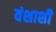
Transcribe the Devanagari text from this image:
वंशाशी